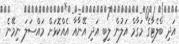
އަދި ބްލެޓާގެ މަގާމް އަލުން ލިބި އަދި އޭނާއާ އެއްކޮޅަށް މައްސަލަ ނިމޭނެ